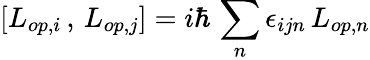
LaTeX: [L_{op,i}\, ,\, L_{op,j}]=i\hbar\, \sum_{n}\epsilon_{ijn}\, L_{op,n}